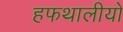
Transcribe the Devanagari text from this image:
हफथालीयों